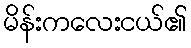
မိန်းကလေးငယ်၏